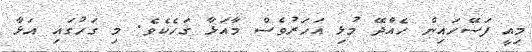
މިއީ ފަސޭހައިން ހެއްދޭ މުޅި އަހަރުވެސް މާއަޅާ ގަހެކެވެ. މި ގަހުގައި އަޅާ